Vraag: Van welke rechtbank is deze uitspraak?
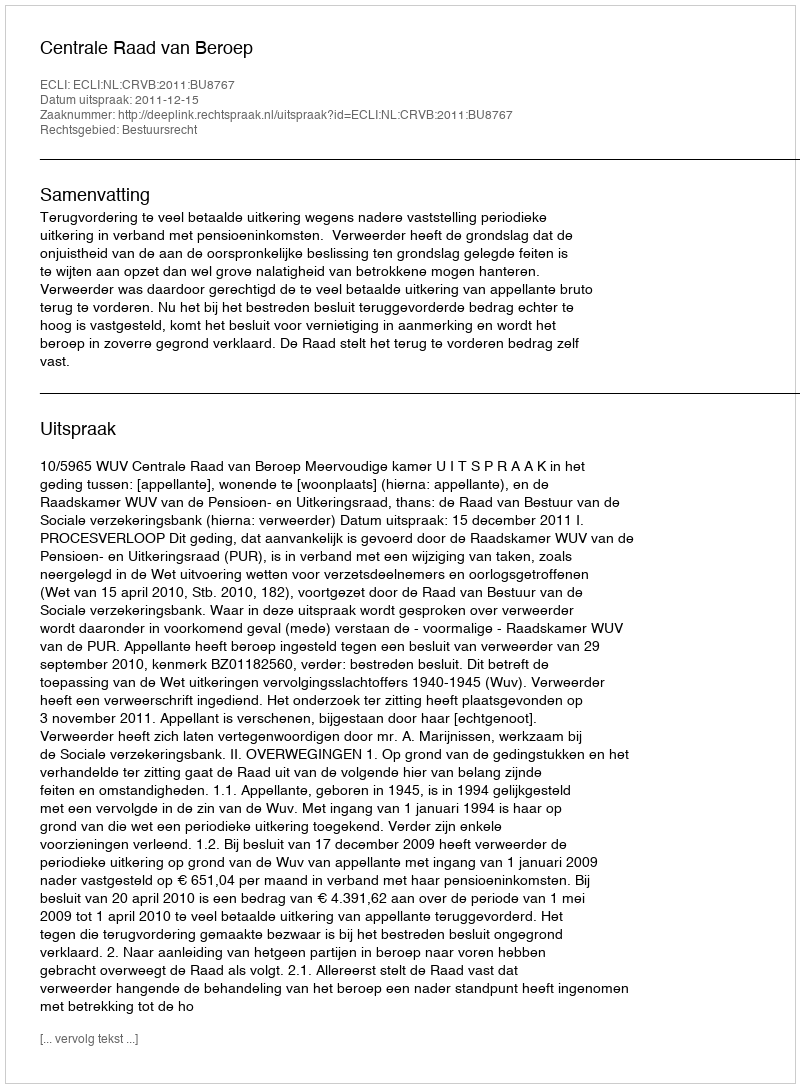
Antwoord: Centrale Raad van Beroep